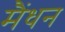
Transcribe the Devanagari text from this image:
मैंधन